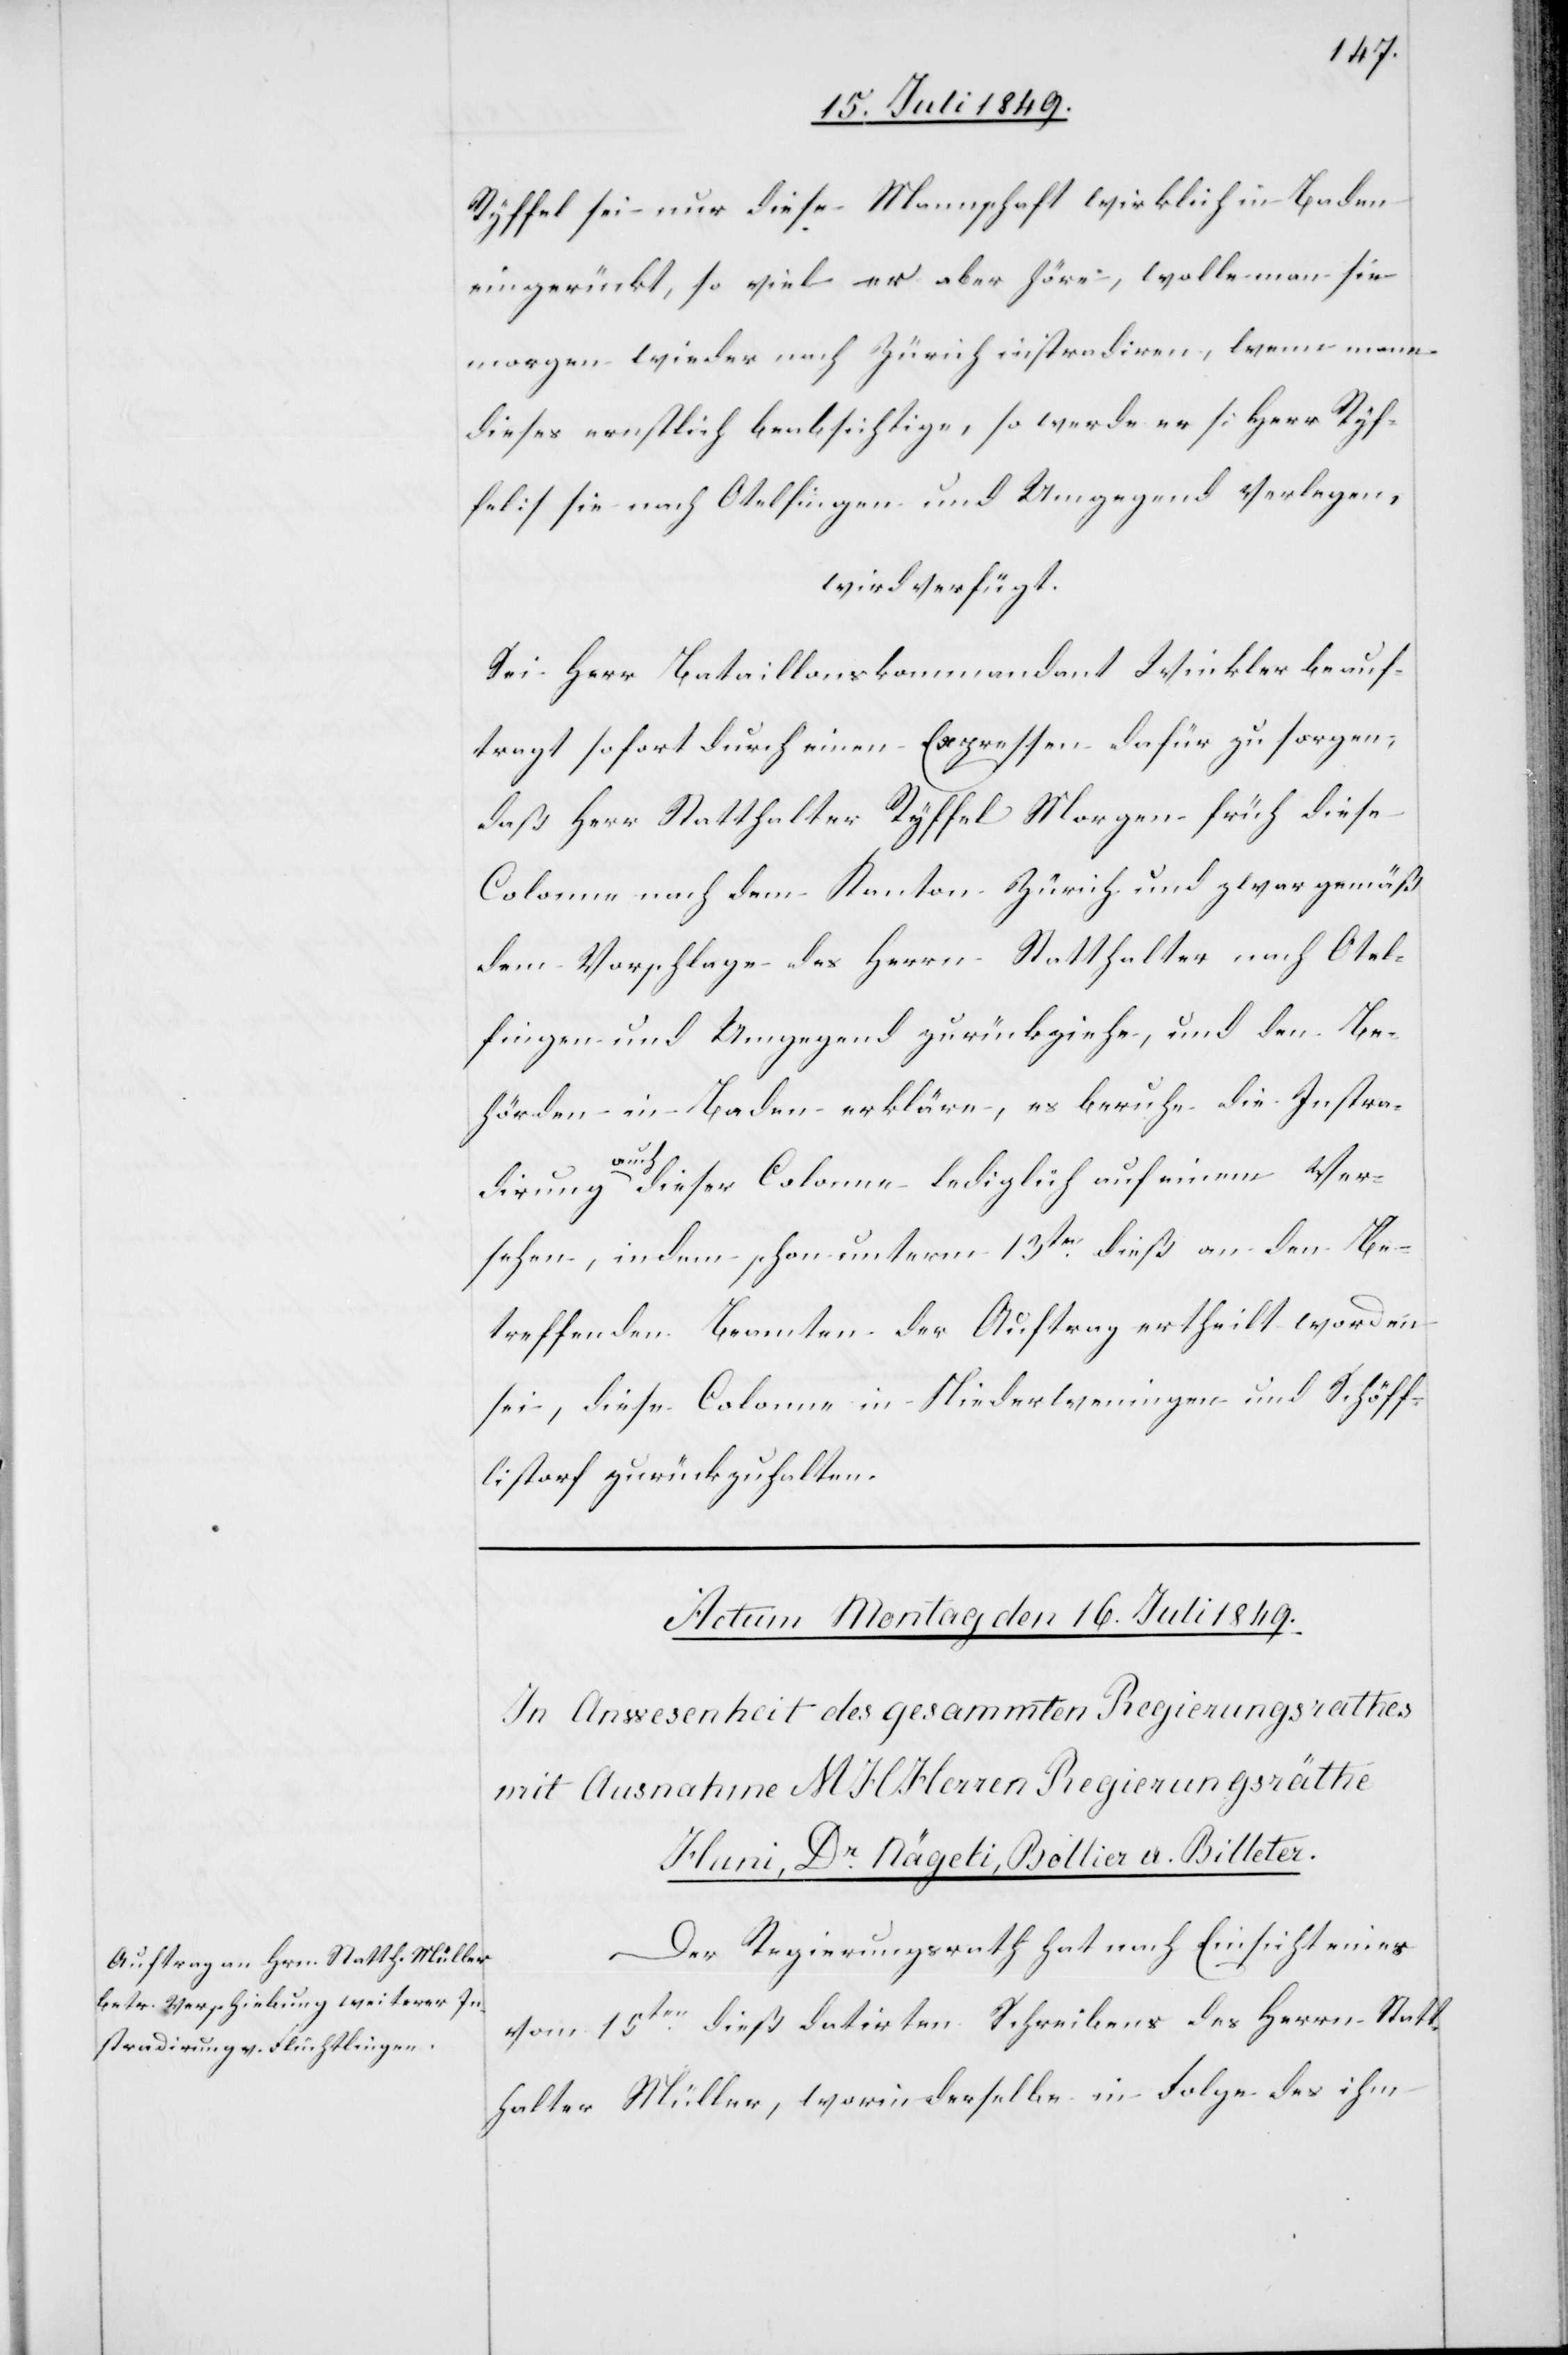
Ryffel sei nur diese Mannschaft wirklich in Baden
eingerückt, so viel er aber höre, wolle man sie
morgen wieder nach Zürich instradiren, wenn man
dieses ernstlich beabsichtige, so werde er [Herr Ryf¬
fel] sie nach Otelfingen und Umgegend verlangen,
wird verfügt.
Sei Herr Bataillonskommandant Winkler beauf¬
tragt sofort durch einen Expressen dafür zu sorgen,
daß Herr Statthalter Ryffel Morgen früh diese
Colonne nach dem Kanton Zürich und zwar gemäß
dem Vorschlage des Herrn Statthalter nach Otel¬
fingen und Umgegend zurückziehe, und den Be¬
hörden in Baden erkläre, es beruhe die Instra¬
dirung auch dieser Colonne lediglich auf einem Ver¬
sehen, indem schon unterm 13tn dieß an den be¬
treffenden Beamten der Auftrag ertheilt worden
sei, diese Colonne in Niederweningen und Schöff¬
listorf zurückzuhalten.
Der Regierungsrath hat nach Einsicht eines
vom 15ten dieß datirten Schreibens des Herrn Statt¬
halter Müller, worin derselbe in Folge des ihm